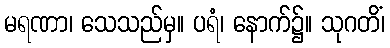
မရဏာ၊ သေသည်မှ။ ပရံ၊ နောက်၌။ သုဂတိံ၊